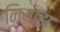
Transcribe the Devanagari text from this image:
नियाझ